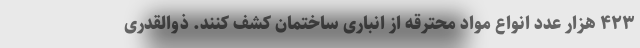
۴۲۳ هزار عدد انواع مواد محترقه از انباری ساختمان کشف کنند. ذوالقدری